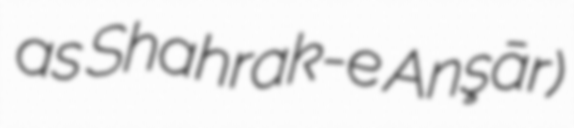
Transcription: as Shahrak-e Anşār)